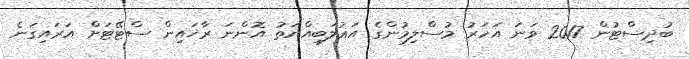
ބުދިސްޓުން 2017 ވަނަ އަހަރު މުސްލިމުންގެ އަޣުލަބިއްޔަތު އޮންނަ ރާޚައިން ސްޓޭޓަށް އަރައިގަނެ